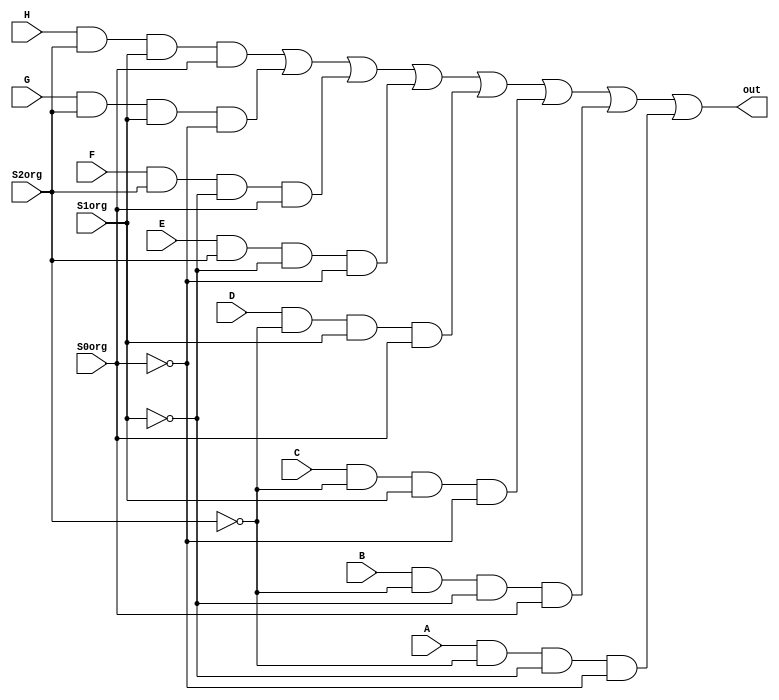
module bitmux8(out, A, B, C, D, E, F, G, H, S2org, S1org, S0org);
	output out;
	input  A, B, C, D, E, F, G, H, S0org, S1org, S2org;
	wire   S0inv, S1inv, S2inv;
	wire   [7:0] stat;

	not n0(S0inv, S0org);
	not n1(S1inv, S1org);
	not n2(S2inv, S2org);
	
	and A1(stat[0], A, S2inv, S1inv, S0inv);
	and A2(stat[1], B, S2inv, S1inv, S0org);
	and A3(stat[2], C, S2inv, S1org, S0inv);
	and A4(stat[3], D, S2inv, S1org, S0org);
	and A5(stat[4], E, S2org, S1inv, S0inv);
	and A6(stat[5], F, S2org, S1inv, S0org);
	and A7(stat[6], G, S2org, S1org, S0inv);
	and A8(stat[7], H, S2org, S1org, S0org);


	or O1(out, stat[7], stat[6], stat[5], stat[4], stat[3], stat[2], stat[1], stat[0]);			// Collector OR Gate
endmodule

module bitmux4(out, A, B, C, D, S1org, S0org);
	output out;
	input  A, B, C, D, S0org, S1org;
	wire   S0inv, S1inv;
	wire   [3:0] stat;

	not n0(S0inv, S0org);
	not n1(S1inv, S1org);

	and A1(stat[0], A, S1inv, S0inv);
	and A2(stat[1], B, S1inv, S0org);
	and A3(stat[2], C, S1org, S0inv);
	and A4(stat[3], D, S1org, S0org);

	or  O1(out, stat[3], stat[2], stat[1], stat[0]);
endmodule

module bitmux2(out, A, B, S0org);
	output out;
	input  A, B, S0org;
	wire   S0inv;
	wire   [1:0] stat;

	not n0(S0inv, S0org);

	and A1(stat[0], A, S0inv);
	and A2(stat[1], B, S0org);
	
	or  O1(out, stat[1], stat[0]);
endmodule

module bitmux16(out, in, S);
	output out;
	input  [0:15] in;
	input  [03:0] S;
	wire   [00:1] w;
	
	bitmux8 b0(w[0], in[0], in[1], in[2], in[3], in[4], in[5], in[6], in[7], S[2], S[1], S[0]);
	bitmux8 b1(w[1], in[8], in[9], in[10], in[11], in[12], in[13], in[14], in[15], S[2], S[1], S[0]);
	bitmux2 b3(out , w[0] , w[1] , S[3]);
endmodule

module bitmux256(out, in, S);
	output out;
	input  [0:255] in;
	input  [7:000] S;
	wire   [0:15] w;

	bitmux16 b0(w[00], in[000:015], S[3:0]);
	bitmux16 b1(w[01], in[016:031], S[3:0]);
	bitmux16 b2(w[02], in[032:047], S[3:0]);
	bitmux16 b3(w[03], in[048:063], S[3:0]);
	bitmux16 b4(w[04], in[064:079], S[3:0]);
	bitmux16 b5(w[05], in[080:095], S[3:0]);
	bitmux16 b6(w[06], in[096:111], S[3:0]);
	bitmux16 b7(w[07], in[112:127], S[3:0]);
	bitmux16 b8(w[08], in[128:143], S[3:0]);
	bitmux16 b9(w[09], in[144:159], S[3:0]);
	bitmux16 bA(w[10], in[160:175], S[3:0]);
	bitmux16 bB(w[11], in[176:191], S[3:0]);
	bitmux16 bC(w[12], in[192:207], S[3:0]);
	bitmux16 bD(w[13], in[208:223], S[3:0]);
	bitmux16 bE(w[14], in[224:239], S[3:0]);
	bitmux16 bF(w[15], in[240:255], S[3:0]);

	bitmux16 collectorMux(out, w, S[7:4]);
endmodule

module bytemux8(out, A, B, C, D, E, F, G, H, S2, S1, S0);
	output [7:0] out;
	input  [7:0] A, B, C, D, E, F, G, H;
	input  S0, S1, S2;

	bitmux8 mx0(out[0], A[0], B[0], C[0], D[0], E[0], F[0], G[0], H[0], S2, S1, S0);
	bitmux8 mx1(out[1], A[1], B[1], C[1], D[1], E[1], F[1], G[1], H[1], S2, S1, S0);
	bitmux8 mx2(out[2], A[2], B[2], C[2], D[2], E[2], F[2], G[2], H[2], S2, S1, S0);
	bitmux8 mx3(out[3], A[3], B[3], C[3], D[3], E[3], F[3], G[3], H[3], S2, S1, S0);
	bitmux8 mx4(out[4], A[4], B[4], C[4], D[4], E[4], F[4], G[4], H[4], S2, S1, S0);
	bitmux8 mx5(out[5], A[5], B[5], C[5], D[5], E[5], F[5], G[5], H[5], S2, S1, S0);
	bitmux8 mx6(out[6], A[6], B[6], C[6], D[6], E[6], F[6], G[6], H[6], S2, S1, S0);
	bitmux8 mx7(out[7], A[7], B[7], C[7], D[7], E[7], F[7], G[7], H[7], S2, S1, S0);
endmodule

module bytemux4(out, A, B, C, D, S1, S0);
	output [7:0] out;
	input  [7:0] A, B, C, D;
	input  S0, S1;

	bitmux4 mx0(out[0], A[0], B[0], C[0], D[0], S1, S0);
	bitmux4 mx1(out[1], A[1], B[1], C[1], D[1], S1, S0);
	bitmux4 mx2(out[2], A[2], B[2], C[2], D[2], S1, S0);
	bitmux4 mx3(out[3], A[3], B[3], C[3], D[3], S1, S0);
	bitmux4 mx4(out[4], A[4], B[4], C[4], D[4], S1, S0);
	bitmux4 mx5(out[5], A[5], B[5], C[5], D[5], S1, S0);
	bitmux4 mx6(out[6], A[6], B[6], C[6], D[6], S1, S0);
	bitmux4 mx7(out[7], A[7], B[7], C[7], D[7], S1, S0);
endmodule

module bytemux2(out, A, B, S0);
	output [7:0] out;
	input  [7:0] A, B;
	input  S0;

	bitmux2 mx0(out[0], A[0], B[0], S0);
	bitmux2 mx1(out[1], A[1], B[1], S0);
	bitmux2 mx2(out[2], A[2], B[2], S0);
	bitmux2 mx3(out[3], A[3], B[3], S0);
	bitmux2 mx4(out[4], A[4], B[4], S0);
	bitmux2 mx5(out[5], A[5], B[5], S0);
	bitmux2 mx6(out[6], A[6], B[6], S0);
	bitmux2 mx7(out[7], A[7], B[7], S0);
endmodule

module bitdecoder8(A, B, C, D, E, F, G, H, S2org, S1org, S0org, En);
	output A, B, C, D, E, F, G, H;
	input  S0org, S1org, S2org, En;
	wire   S0inv, S1inv, S2inv;

	not n0(S0inv, S0org);
	not n1(S1inv, S1org);
	not n2(S2inv, S2org);
	
	and A1(A, S2inv, S1inv, S0inv, En);
	and A2(B, S2inv, S1inv, S0org, En);
	and A3(C, S2inv, S1org, S0inv, En);
	and A4(D, S2inv, S1org, S0org, En);
	and A5(E, S2org, S1inv, S0inv, En);
	and A6(F, S2org, S1inv, S0org, En);
	and A7(G, S2org, S1org, S0inv, En);
	and A8(H, S2org, S1org, S0org, En);
endmodule